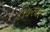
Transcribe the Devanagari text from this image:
१९७२चा